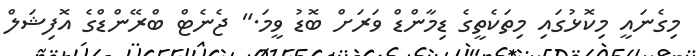
މިގެނައީ މިކޮޅުގައި މިތަކެތީގެ ޑިމާންޑް ވަރަށް ބޮޑު ވީމަ." ޖެނެޓް ބްރޭންޑްގެ އޮފިޝަލް